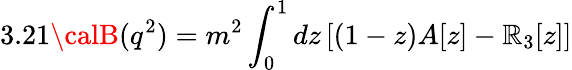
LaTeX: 3.21{\calB}(q^{2})=m^{2}\int_{0}^{1}dz\left[(1-z)A[z]-\mathbb{R}_{3}[z]\right]